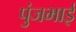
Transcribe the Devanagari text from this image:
पुंजभाई